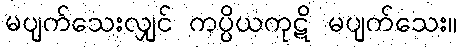
မပျက်သေးလျှင် ကပ္ပိယကုဋိ မပျက်သေး။